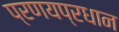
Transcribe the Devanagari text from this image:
प्रणयप्रधान